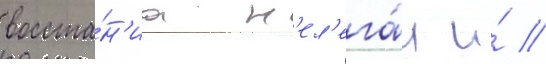
восста́н'иа н'ел'ега́л и́ //